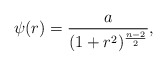
\begin{align*}\psi(r)={a\over{(1+r^2)^{{n-2}\over 2}}},\end{align*}